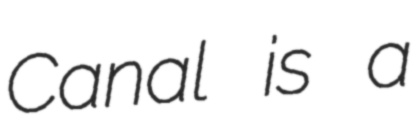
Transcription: Canal is a